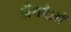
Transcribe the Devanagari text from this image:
अँगरेज़ों